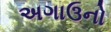
અગાઉનો